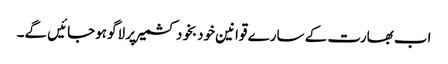
اب بھارت کے سارے قوانین خودبخود کشمیر پر لاگو ہوجائیں گے۔